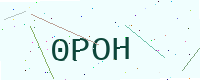
Text: 0POH